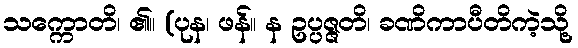
သက္ကောတိ၊ ၏။ (ပုန၊ ဖန်။ န ဥပ္ပဇ္ဇတိ၊ ခဏိကာပီတိကဲ့သို့